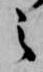
之